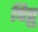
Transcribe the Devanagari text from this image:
पिप्रु